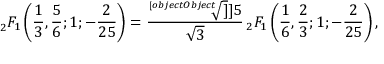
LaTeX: _ { 2 } F _ { 1 } \left( { \frac { 1 } { 3 } } , { \frac { 5 } { 6 } } ; 1 ; { - \frac { 2 } { 2 5 } } \right) = \frac { \sqrt [ [object Object] ] ] { 5 } } { \sqrt { 3 } } { \, } _ { 2 } F _ { 1 } \left( { \frac { 1 } { 6 } } , { \frac { 2 } { 3 } } ; 1 ; { - \frac { 2 } { 2 5 } } \right) ,